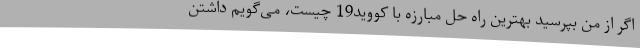
اگر از من بپرسید بهترین راه حل مبارزه با کووید19 چیست، می‌گویم داشتن